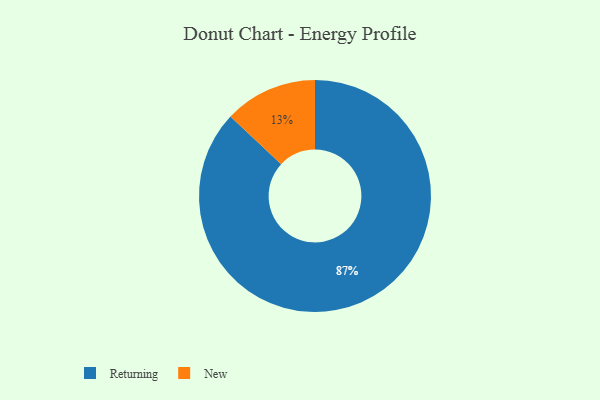
{"axis": {"x": "Category", "y": "Percentage"}, "legend": ["New", "Returning"], "data": [{"x": "Returning", "y": 87, "type": "Returning"}, {"x": "New", "y": 13, "type": "New"}]}